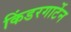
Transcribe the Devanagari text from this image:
किंडरगार्टेन